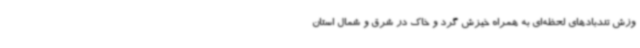
وزش تندبادهای لحظه‌ای به همراه خیزش گرد و خاک در شرق و شمال استان